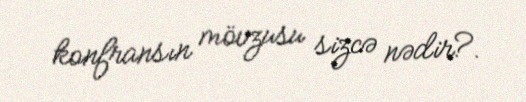
konfransın mövzusu sizcə nədir?.